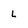
Character: L